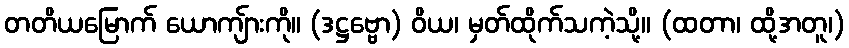
တတိယမြောက် ယောကျ်ားကို။ (ဒဋ္ဌဗ္ဗော) ဝိယ၊ မှတ်ထိုက်သကဲ့သို့။ (ထတာ၊ ထို့အတူ၊)